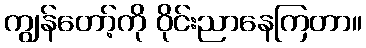
ကျွန်တော့်ကို ဝိုင်းညာနေကြတာ။